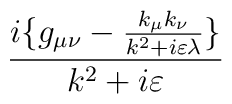
\frac{i\{g_{\mu \nu }-\frac{k_{\mu }k_{\nu }}{k^{2}+i\varepsilon \lambda }\}}{k^{2}+i\varepsilon }